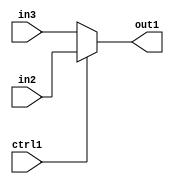
`timescale 1ps / 1ps
/*****************************************************************************
    Verilog RTL Description
    
    
    Created by: Stratus DpOpt 2019.1.01 
*******************************************************************************/

module feature_write_addr_gen_N_Muxb_1_2_23_1 (
	in3,
	in2,
	ctrl1,
	out1
	); /* architecture "behavioural" */ 
input  in3,
	in2,
	ctrl1;
output  out1;
wire  asc001;

reg [0:0] asc001_tmp_0;
assign asc001 = asc001_tmp_0;
always @ (ctrl1 or in2 or in3) begin
	case (ctrl1)
		1'B1 : asc001_tmp_0 = in2 ;
		default : asc001_tmp_0 = in3 ;
	endcase
end

assign out1 = asc001;
endmodule

/* CADENCE  uLP2Tg4= : u9/ySgnWtBlWxVPRXgAZ4Og= ** DO NOT EDIT THIS LINE ******/